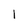
Character: 1